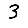
Digit: 3